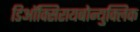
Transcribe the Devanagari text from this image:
डिऑक्सिरायबोन्युक्लिक